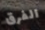
الفرق